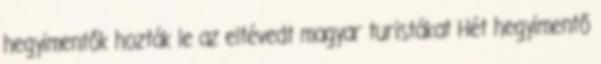
hegyimentők hozták le az eltévedt magyar turistákat Hét hegyimentő